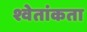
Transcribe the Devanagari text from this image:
श्वेतांकता